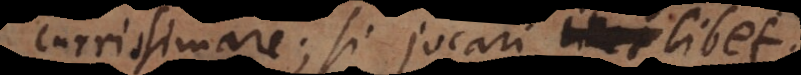
currissimare; si jocari libet.